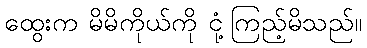
ထွေးက မိမိကိုယ်ကို ငုံ့ကြည့်မိသည်။